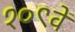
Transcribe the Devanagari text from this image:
१०९वें